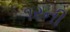
૧રની